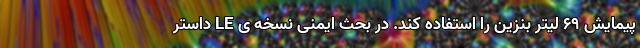
پیمایش ۶۹ لیتر بنزین را استفاده کند. در بحث ایمنی نسخه ی LE داستر